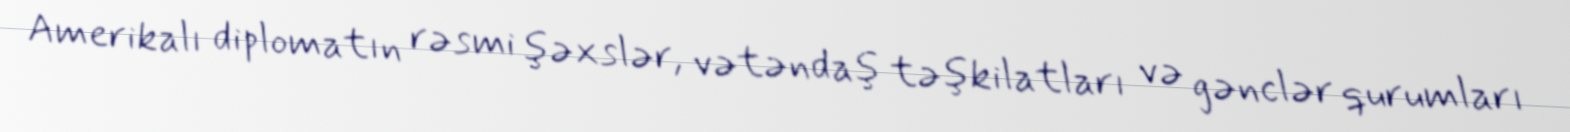
Amerikalı diplomatın rəsmi şəxslər, vətəndaş təşkilatları və gənclər qurumları